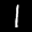
Label: 1